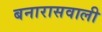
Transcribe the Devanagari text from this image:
बनारासवाली